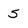
Character: 5